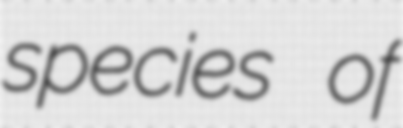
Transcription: species of